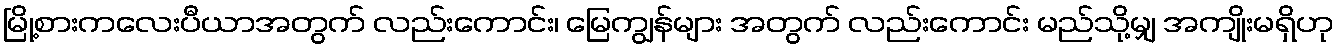
မြို့စားကလေးပီယာအတွက် လည်းကောင်း၊ မြေကျွန်များ အတွက် လည်းကောင်း မည်သို့မျှ အကျိုးမရှိဟု